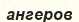
ангеров